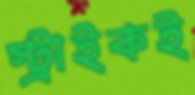
স্ট্রাইকই